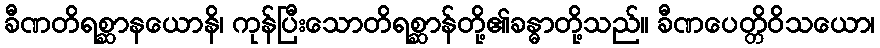
ခီဏတိရစ္ဆာနယောနိ၊ ကုန်ပြီးသောတိရစ္ဆာန်တို့၏ခန္ဓာတို့သည်။ ခီဏပေတ္တိဝိသယော၊